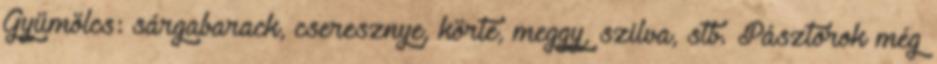
Gyümölcs: sárgabarack, cseresznye, körte, meggy, szilva, stb. Pásztorok még